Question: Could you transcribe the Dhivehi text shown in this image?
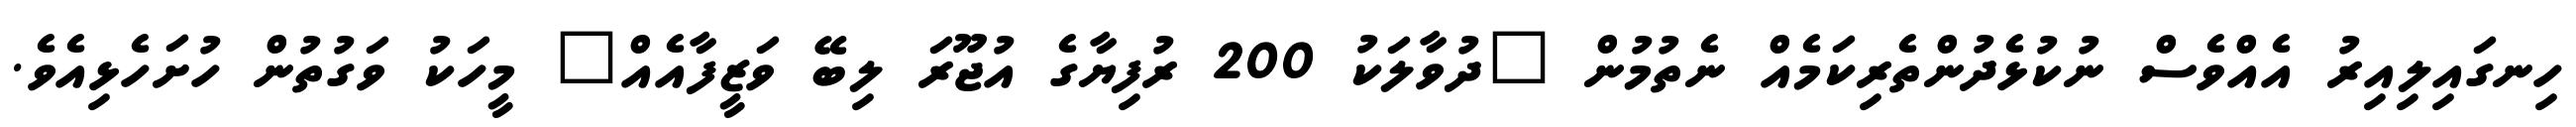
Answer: ހިނގައިލިއިރު އެއްވެސް ނުކުޅެދުންތެރިކަމެއް ނެތުމުން "ދުވާލަކު 200 ރުފިޔާގެ އުޖޫރަ ލިބޭ ވަޒީފާއެއް" މީހަކު ވަގުތުން ހުށަހެޅިއެވެ.